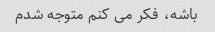
باشه، فکر می کنم متوجه شدم